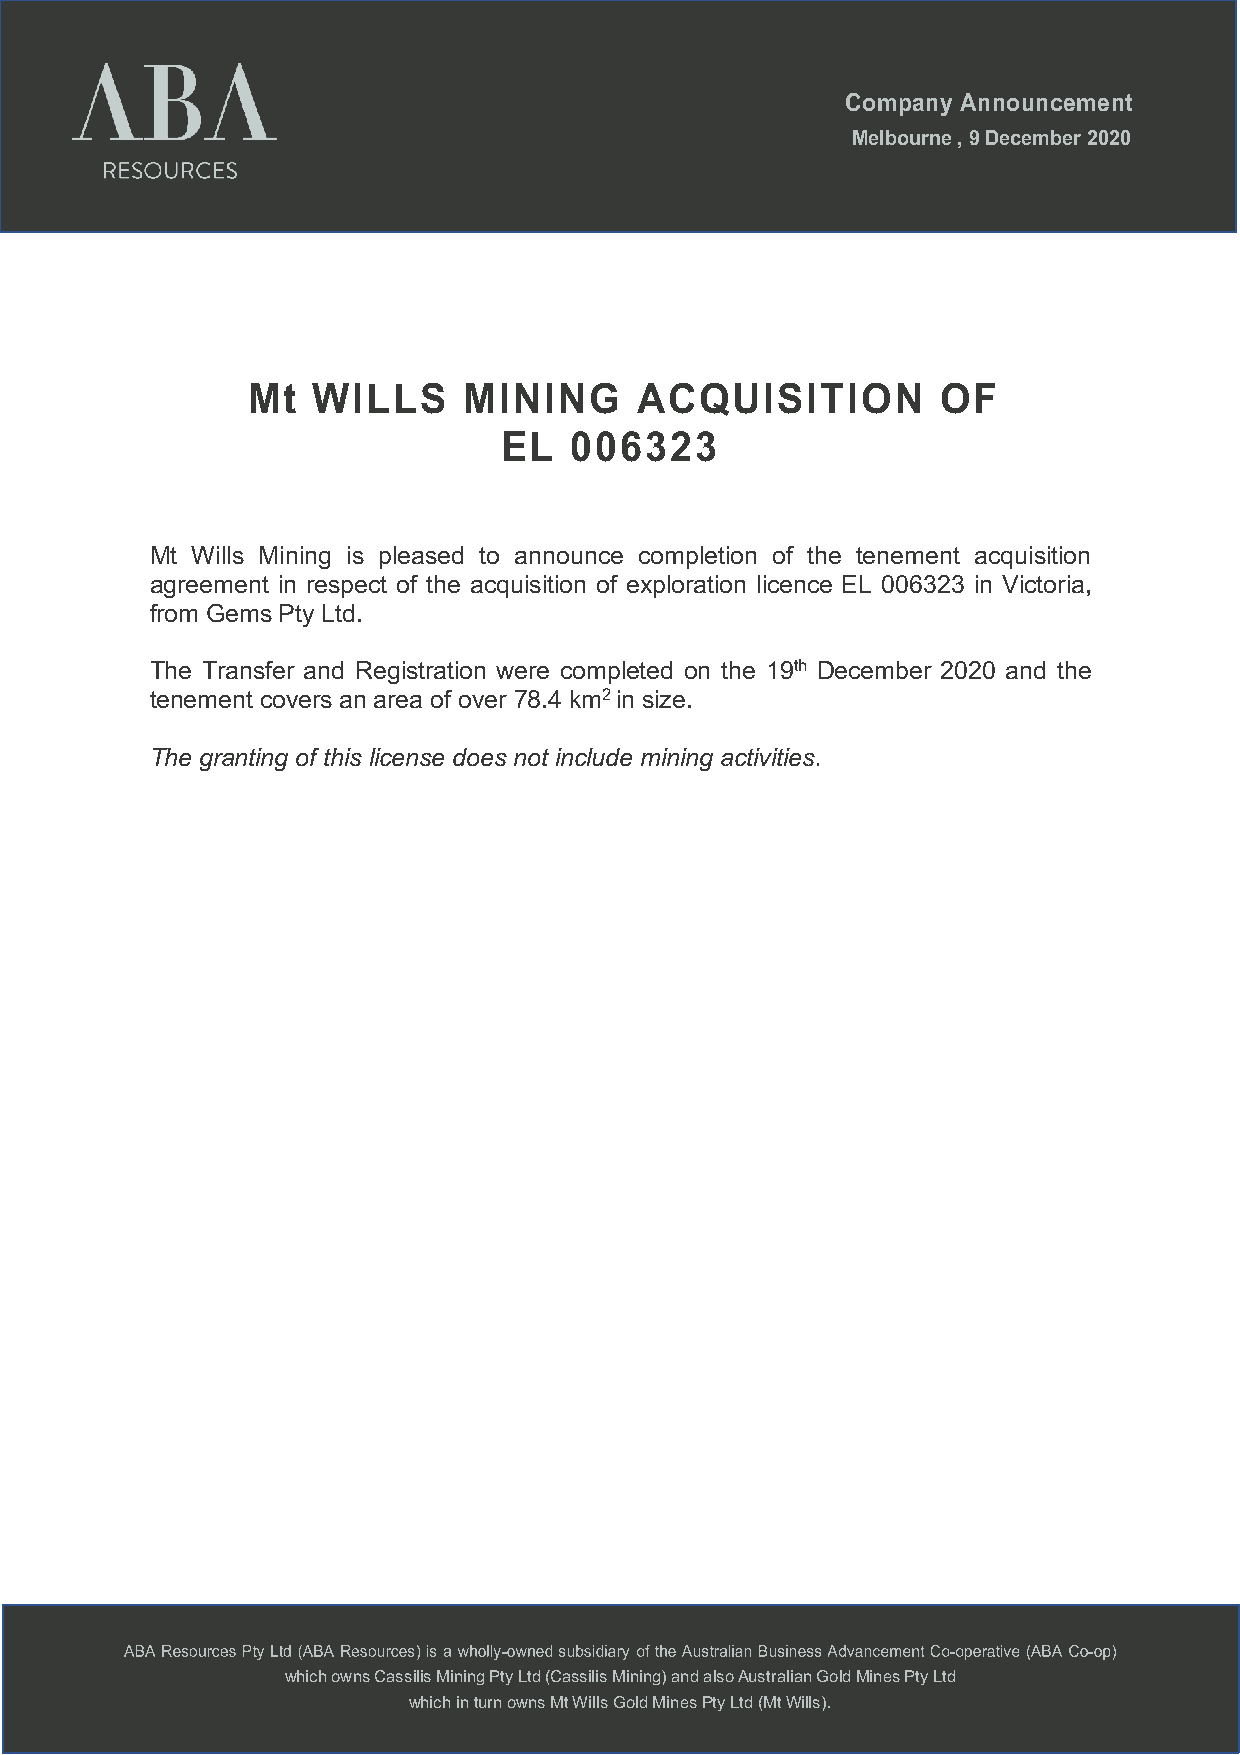
Company Announcement
 Melbourne , 9 December 2020
 Mt   WILLS     MINING     ACQUISITION         OF
 EL   006323
 Mt Wills Mining is pleased to announce completion of the tenement acquisition
 agreement in respect of the acquisition of exploration licence EL 006323 in Victoria,
 from Gems Pty Ltd.
 The Transfer and Registration were completed on the 19th December 2020 and the
 tenement covers an area of over 78.4 km2 in size.
 The granting of this license does not include mining activities.
 which owns Cassilis Mining Pty Ltd (Cassilis Mining) and also Australian Gold Mines Pty Ltd
 which in turn owns Mt Wills Gold Mines Pty Ltd (Mt Wills).